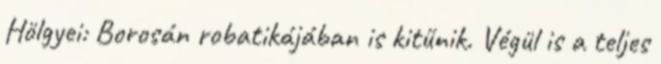
Hölgyei: Borosán robatikájában is kitűnik. Végül is a teljes